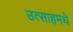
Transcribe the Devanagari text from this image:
उत्साहमधे